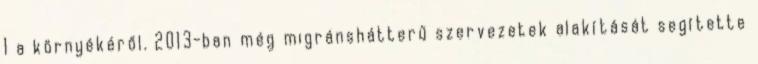
1 a környékéről. 2013-ban még migránshátterű szervezetek alakítását segítette